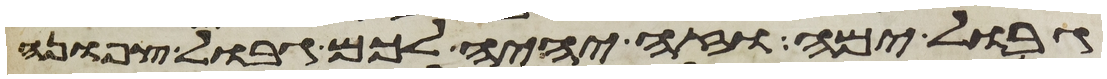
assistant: גבול ימה וזה יהיה לכם גבול צפונה